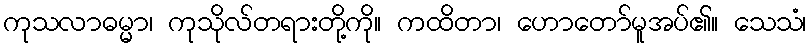
ကုသလာဓမ္မာ၊ ကုသိုလ်တရားတို့ကို။ ကထိတာ၊ ဟောတော်မူအပ်၏။ သေသံ၊